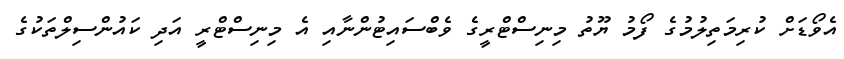
އެވޯޑަށް ކުރިމަތިލުމުގެ ފޯމު ޔޫތު މިނިސްޓްރީގެ ވެބްސައިޓުންނާއި އެ މިނިސްޓްރީ އަދި ކައުންސިލްތަކުގެ